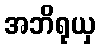
အဘိရုယှ